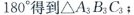
180°得到△A_{3}B_{3}C_{3}；